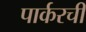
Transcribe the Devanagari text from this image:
पार्करची